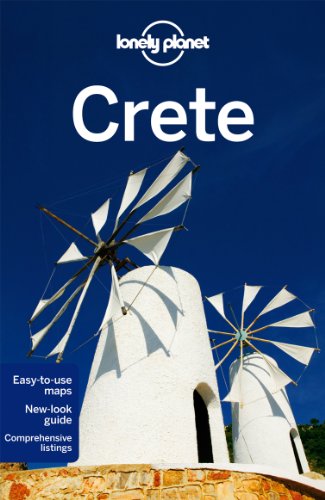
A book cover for Lonely Planet Crete (Travel Guide); Lonely Planet; Travel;